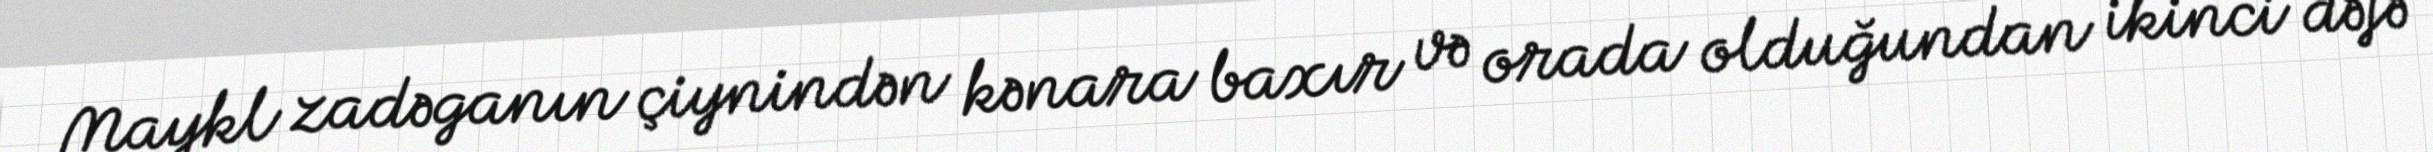
Maykl zadəganın çiynindən kənara baxır və orada olduğundan ikinci dəfə